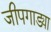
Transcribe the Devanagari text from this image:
जीपगाड्या